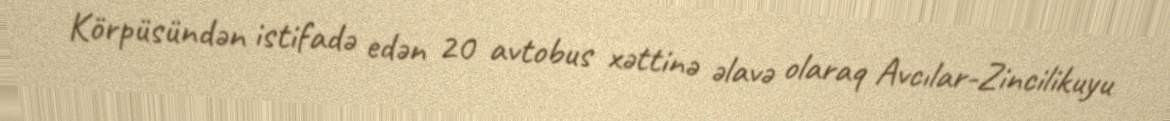
Körpüsündən istifadə edən 20 avtobus xəttinə əlavə olaraq Avcılar-Zincilikuyu